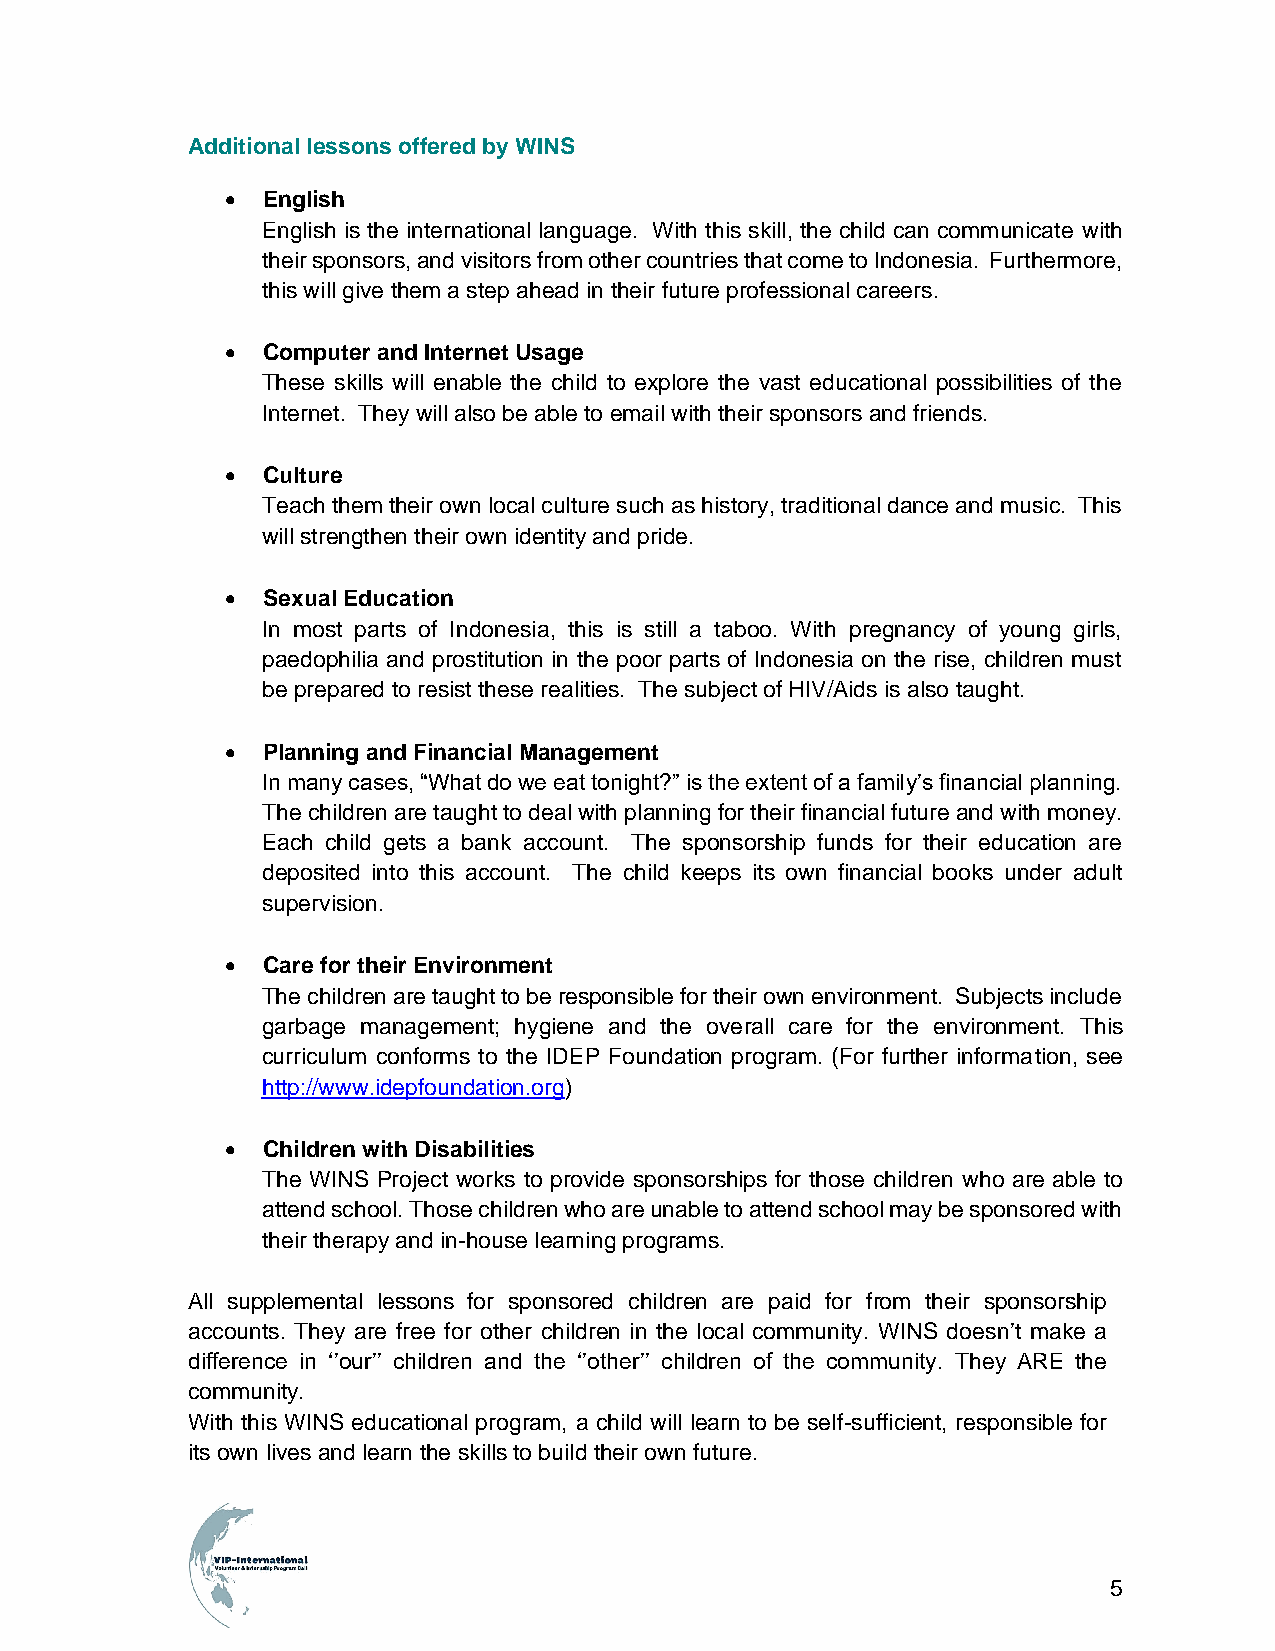
Additional lessons offered by WINS
 • English
 English is the international language. With this skill, the child can communicate with
 their sponsors, and visitors from other countries that come to Indonesia. Furthermore,
 this will give them a step ahead in their future professional careers.
 • Computer and Internet Usage
 These skills will enable the child to explore the vast educational possibilities of the
 Internet. They will also be able to email with their sponsors and friends.
 • Culture
 Teach them their own local culture such as history, traditional dance and music. This
 will strengthen their own identity and pride.
 • Sexual Education
 In most parts of Indonesia, this is still a taboo. With pregnancy of young girls,
 paedophilia and prostitution in the poor parts of Indonesia on the rise, children must
 be prepared to resist these realities. The subject of HIV/Aids is also taught.
 • Planning and Financial Management
 In many cases, “What do we eat tonight?” is the extent of a family’s financial planning.
 The children are taught to deal with planning for their financial future and with money.
 Each child gets a bank account. The sponsorship funds for their education are
 deposited into this account. The child keeps its own financial books under adult
 supervision.
 • Care for their Environment
 The children are taught to be responsible for their own environment. Subjects include
 garbage management; hygiene and the overall care for the environment. This
 curriculum conforms to the IDEP Foundation program. (For further information, see
 http://www.idepfoundation.org)
 • Children with Disabilities
 The WINS Project works to provide sponsorships for those children who are able to
 attend school. Those children who are unable to attend school may be sponsored with
 their therapy and in-house learning programs.
 All supplemental lessons for sponsored children are paid for from their sponsorship
 accounts. They are free for other children in the local community. WINS doesn’t make a
 difference in ‘’our’’ children and the ‘’other’’ children of the community. They ARE the
 community.
 With this WINS educational program, a child will learn to be self-sufficient, responsible for
 its own lives and learn the skills to build their own future.
 5